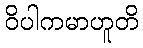
ဝိပါကမာဟူတိ